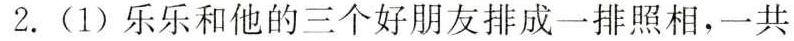
2. (1)乐乐和他的三个好朋友排成一排照相，一共